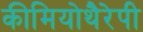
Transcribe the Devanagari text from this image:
कीमियोथैरेपी